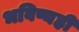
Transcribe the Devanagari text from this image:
भविष्यही